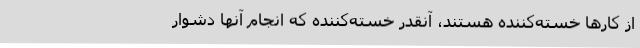
از کارها خسته‌کننده‌ هستند، آنقدر خسته‌کننده که انجام آنها دشوار